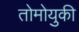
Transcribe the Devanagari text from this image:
तोमोयुकी